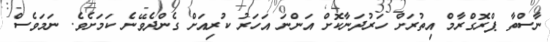
ނާސްތާ ޕްރޮގްރާމް އިތުރަށް ހަރުދަނާކޮށް އަންނަ އަހަރު ކުރިއަށް ގެންދެވޭނެ ކަމަށެވެ. ނަމަވެސް